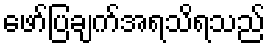
ဖော်ပြချက်အရသိရသည်